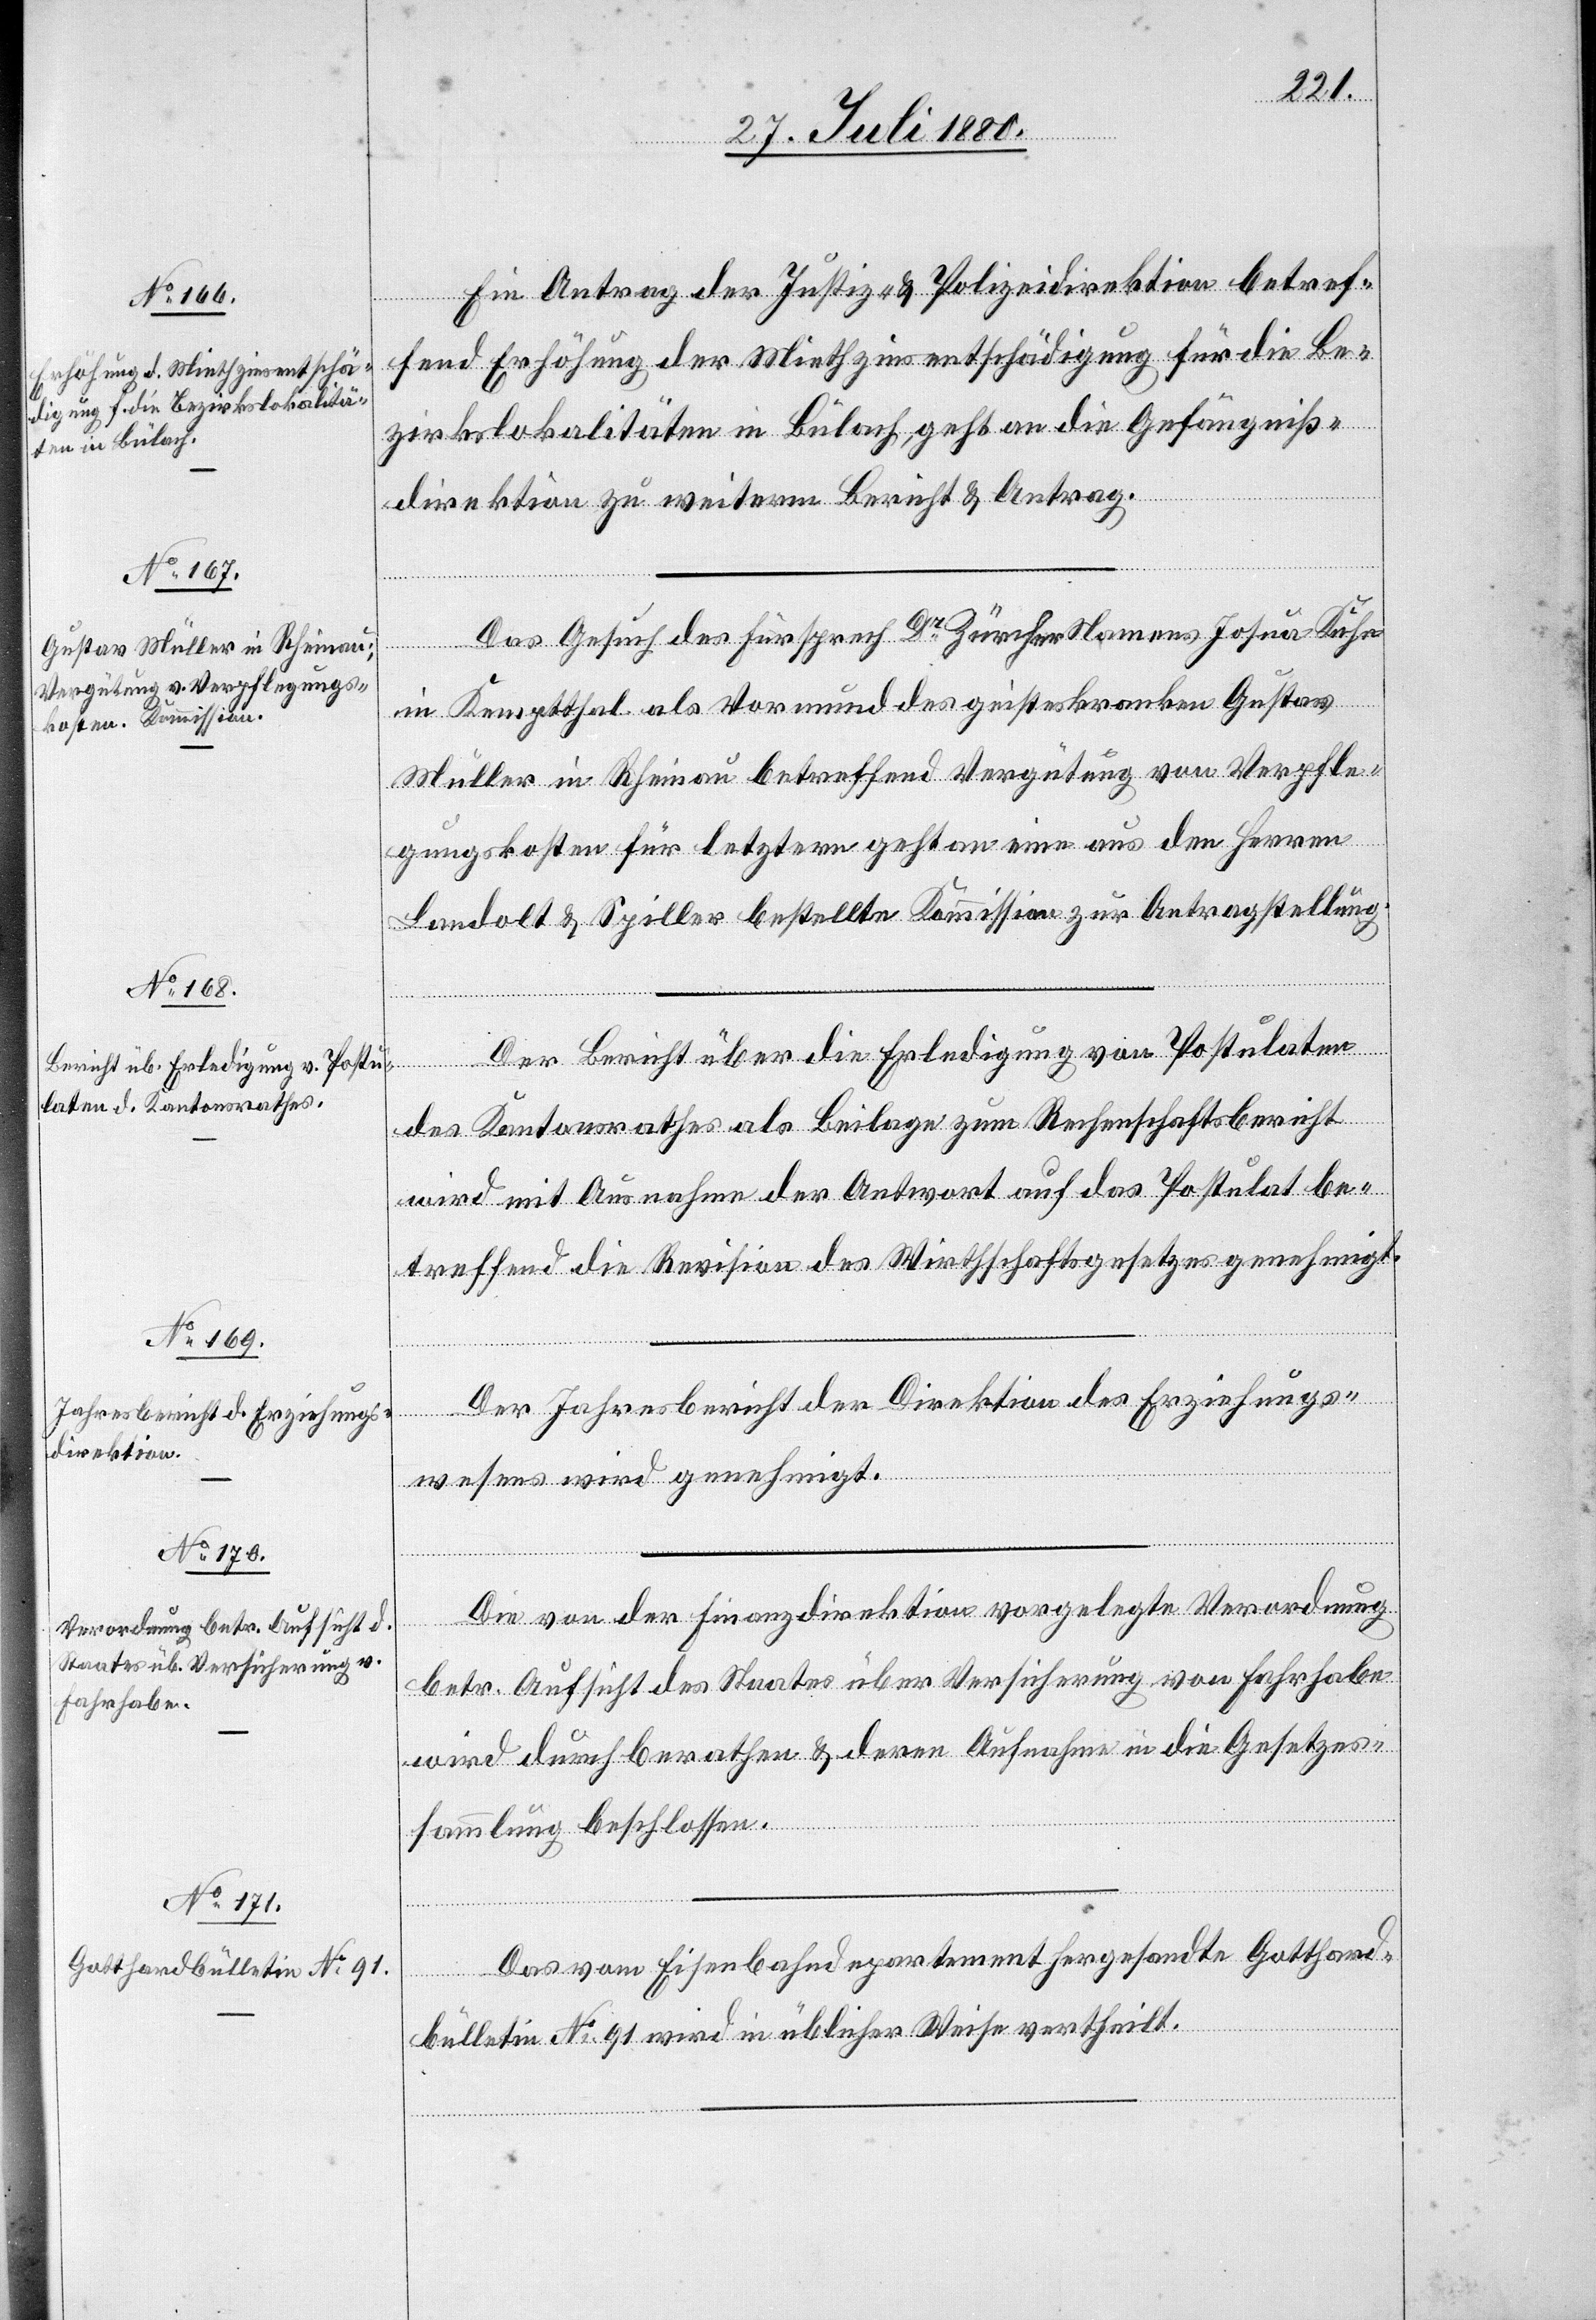
Ein Antrag der Justiz- & Polizeidirektion betref¬
fend Erhöhung der Miethzinsentschädigung für die Be¬
zirkslokalitäten in Bülach, geht an die Gefängniß¬
direktion zu weiterm Bericht & Antrag.
Das Gesuch des Fürsprech Dr Zürcher Namens Josua Kuhn
in Kempthal als Vormund des geisteskranken Gustav
Müller in Rheinau betreffend Vergütung von Verpfle¬
gungskosten für letztern geht an eine aus den Herren
Landolt & Spiller bestellte Kommission zur Antragstellung.
Der Bericht über die Erledigung von Postulaten
des Kantonsrathes als Beilage zum Rechenschaftsbericht
wird mit Ausnahme der Antwort auf das Postulat be¬
treffend die Revision des Wirthschaftsgesetzes genehmigt.
Der Jahresbericht der Direktion des Erziehungs¬
wesens wird genehmigt.
Die von der Finanzdirektion vorgelegte Verordnung
betr. Aufsicht des Staates über Versicherung von Fahrhabe
wird durchberathen & deren Aufnahme in die Gesetzes¬
sammlung beschlossen.
Das vom Eisenbahndepartement hergesandte Gotthard¬
bulletin No 91 wird in üblicher Wiese vertheilt.